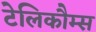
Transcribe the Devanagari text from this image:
टेलिकौम्स